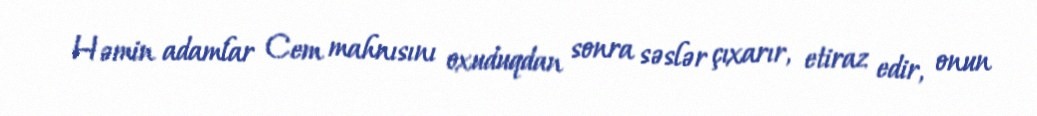
Həmin adamlar Cem mahnısını oxuduqdan sonra səslər çıxarır, etiraz edir, onun